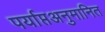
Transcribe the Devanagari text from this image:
पर्याप्तअनुमानित